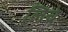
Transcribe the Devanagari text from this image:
लिचे